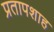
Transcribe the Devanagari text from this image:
प्रतापशाह